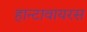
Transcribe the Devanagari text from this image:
हान्टावायरस